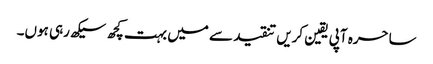
ساحرہ آپی یقین کریں تنقید سے میں بہت کچھ سیکھ رہی ہوں۔